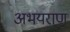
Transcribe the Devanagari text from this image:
अभयराण